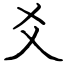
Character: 爻